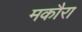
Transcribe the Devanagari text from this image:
मकौरा